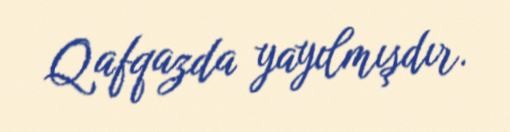
Qafqazda yayılmışdır.